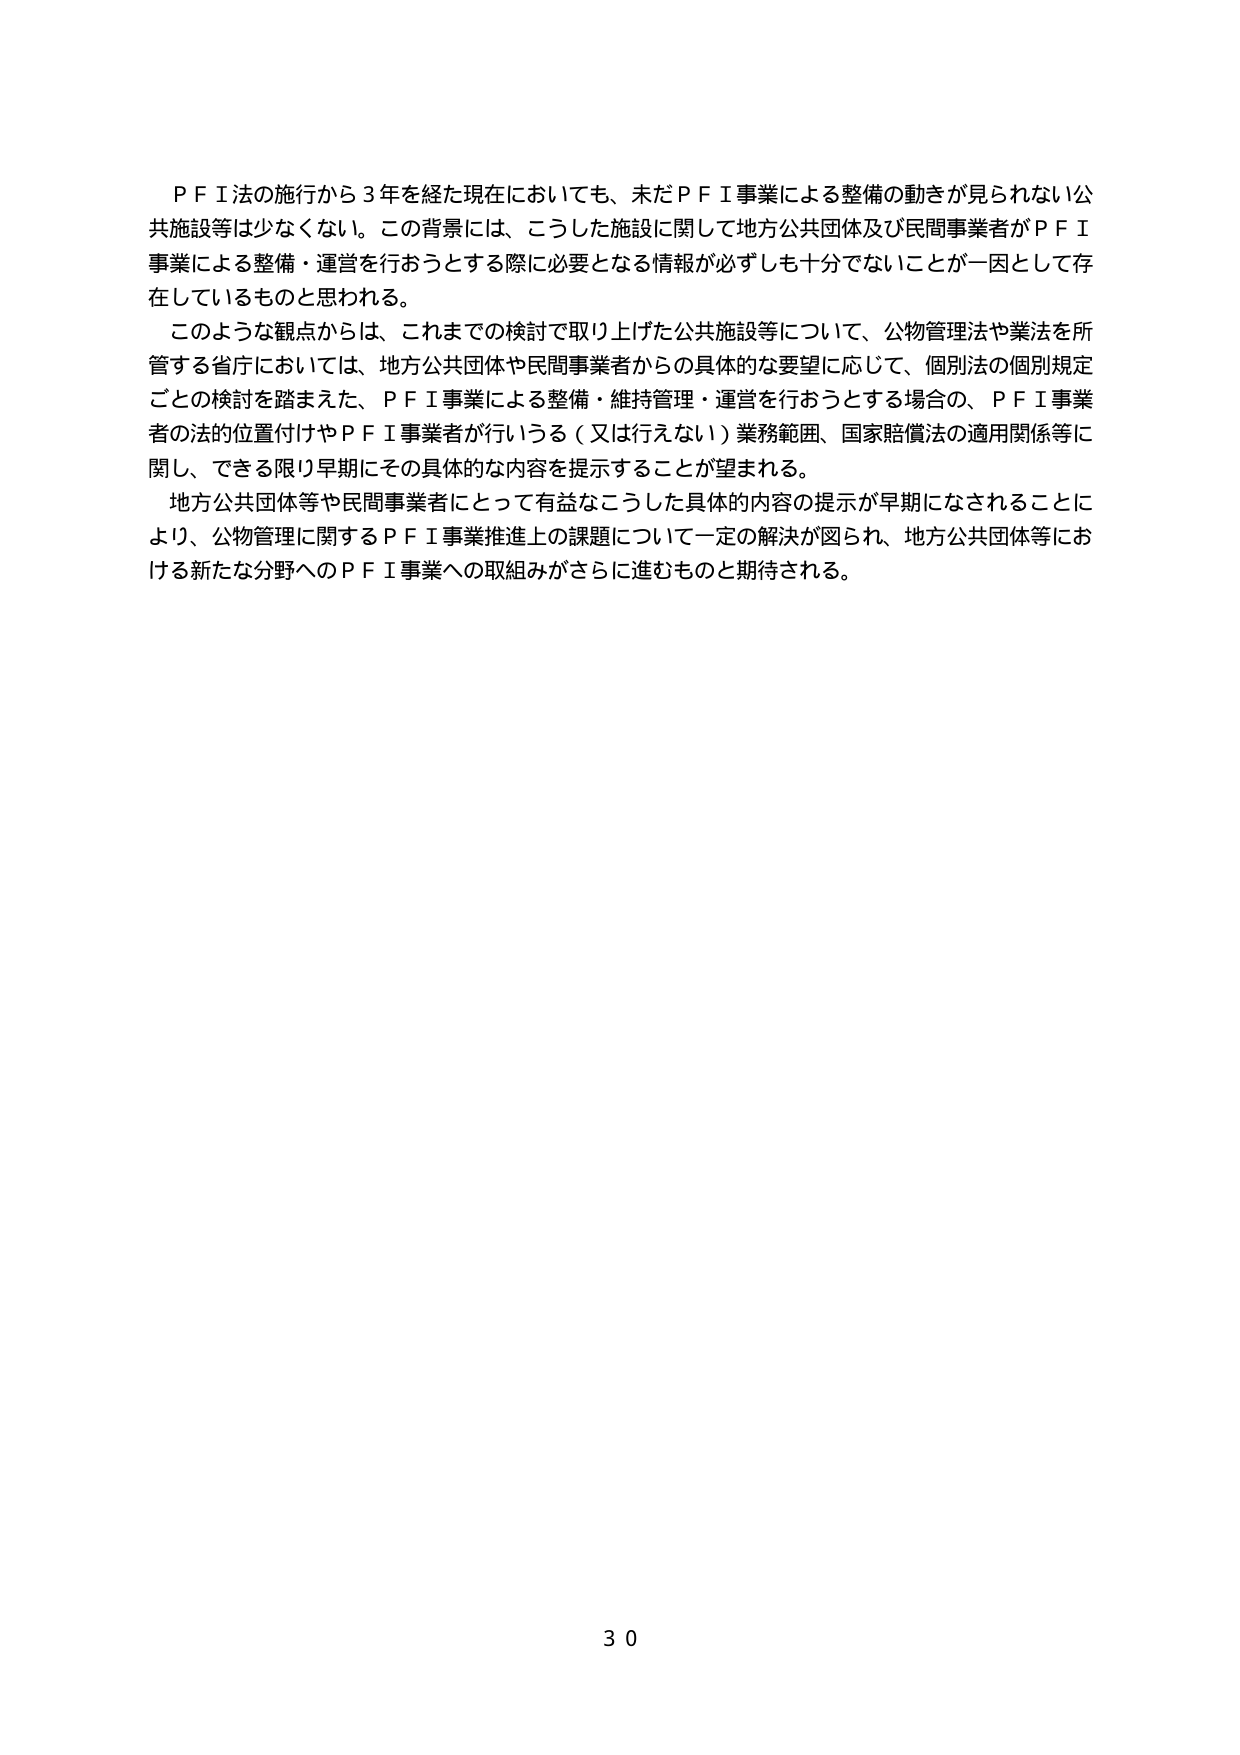
ＰＦＩ法の施行から３年を経た現在においても、未だＰＦＩ事業による整備の動きが見られない公共施設等は少なくない。この背景には、こうした施設に関して地方公共団体及び民間事業者がＰＦＩ事業による整備・運営を行おうとする際に必要となる情報が必ずしも十分でないことが一因として存在しているものと思われる。

このような観点からは、これまでの検討で取り上げた公共施設等について、公物管理法や業法を所管する省庁においては、地方公共団体や民間事業者からの具体的な要望に応じて、個別法の個別規定ごとの検討を踏まえた、ＰＦＩ事業による整備・維持管理・運営を行おうとする場合の、ＰＦＩ事業者の法的位置付けやＰＦＩ事業者が行いうる（又は行えない）業務範囲、国家賠償法の適用関係等に関し、できる限り早期にその具体的な内容を提示することが望まれる。

地方公共団体等や民間事業者にとって有益なこうした具体的な内容の提示が早期になされることにより、公物管理に関するＰＦＩ事業推進上の課題について一定の解決が図られ、地方公共団体等における新たな分野へのＰＦＩ事業への取組みがさらに進むものと期待される。

30